Annual administration report of the Civil Veterinary Department of India - 1892-1893
Year: 1892
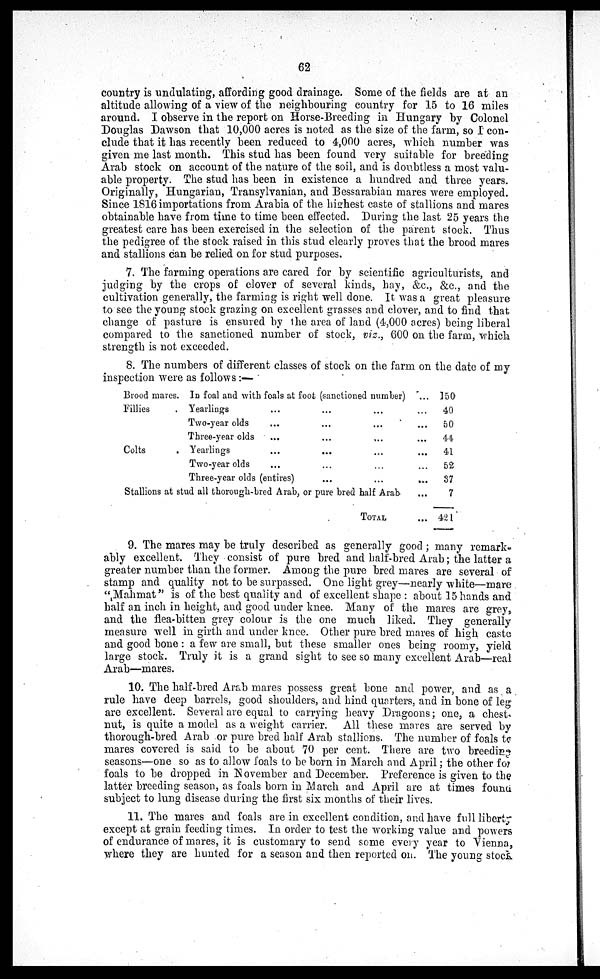
62
country is undulating, affording good drainage. Some of the fields are at an
altitude allowing of a view of the neighbouring country for 15 to 16 miles
around. I observe in the report on Horse-Breeding in Hungary by Colonel
Douglas Dawson that 10,000 acres is noted as the size of the farm, so I con-
clude that it has recently been reduced to 4,000 acres, which number was
given me last month. This stud has been found very suitable for breeding
Arab stock on account of the nature of the soil, and is doubtless a most valu-
able property. The stud has been in existence a hundred and three years.
Originally, Hungarian, Transylvanian, and Bessarabian mares were employed.
Since 1816 importations from Arabia of the highest caste of stallions and mares
obtainable have from time to time been effected. During the last 25 years the
greatest care has been exercised in the selection of the parent stock. Thus
the pedigree of the stock raised in this stud clearly proves that the brood mares
and stallions can be relied on for stud purposes.
7. The farming operations are cared for by scientific agriculturists, and
judging by the crops of clover of several kinds, hay, &c., &c., and the
cultivation generally, the farming is right well done. It was a great pleasure
to see the young stock grazing on excellent grasses and clover, and to find that
change of pasture is ensured by the area of land (4,000 acres) being liberal
compared to the sanctioned number of stock, viz., 600 on the farm, which
strength is not exceeded.
8. The numbers of different classes of stock on the farm on the date of my
inspection were as follows:—
Brood mares.
Fillies .
Colts
.
In foal and with foals at foot (sanctioned number) ...
Yearlings ... ... ... ...
Two-year olds ... ... ... ...
Three-year olds ... ... ...
Yearlings ... ... ...
Two-year olds ... ... ...
Three-year olds (entires) ... ... ...
Stallions at stud all thorough-bred Arab, or pure bred half Arab ...
TOTAL ...
150
40
50
44
41
52
37
7
421
9. The mares may be truly described as generally good; many remark-
ably excellent. They consist of pure bred and half-bred Arab; the latter a
greater number than the former. Among the pure bred mares are several of
stamp and quality not to be surpassed. One light grey—nearly white—mare
"Mahmat" is of the best quality and of excellent shape: about 15 hands and
half an inch in height, and good under knee. Many of the mares are grey,
and the flea-bitten grey colour is the one much liked. They generally
measure well in girth and under knee. Other pure bred mares of high caste
and good bone: a few are small, but these smaller ones being roomy, yield
large stock. Truly it is a grand sight to see so many excellent Arab—real
Arab—mares.
10. The half-bred Arab mares possess great bone and power, and as a
rule have deep barrels, good shoulders, and hind quarters, and in bone of leg-
are excellent. Several are equal to carrying heavy Dragoons; one, a chest-
nut, is quite a model as a weight carrier. All these mares are served by
thorough-bred Arab or pure bred half Arab stallions. The number of foals to
mares covered is said to be about 70 per cent. There are two breeding
seasons—one so as to allow foals to be born in March and April; the other for
foals to be dropped in November and December. Preference is given to the
latter breeding season, as foals born in March and April are at times found
subject to lung disease during the first six months of their lives.
11. The mares and foals are in excellent condition, and have full liberty
except at grain feeding times. In order to test the working value and powers
of endurance of mares, it is customary to send some every year to Vienna,
where they are hunted for a season and then reported on. The young stock